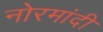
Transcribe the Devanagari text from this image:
नोरमांदी